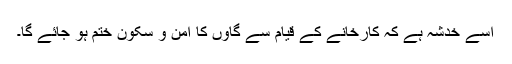
اُسے خدشہ ہے کہ کارخانے کے قیام سے گاؤں کا امن و سکون ختم ہو جائے گا۔